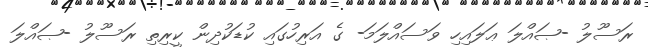
ރަސޫލު -ޞައްލަ ޢަލައިހި ވަސައްލަމަ- ގެ އަރިހުގައި ކުޑަކުދިން ކީރިތި ރަސޫލު -ޞައްލަ